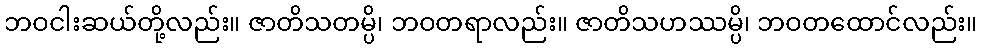
ဘဝငါးဆယ်တို့လည်း။ ဇာတိသတမ္ပိ၊ ဘဝတရာလည်း။ ဇာတိသဟဿမ္ပိ၊ ဘဝတထောင်လည်း။